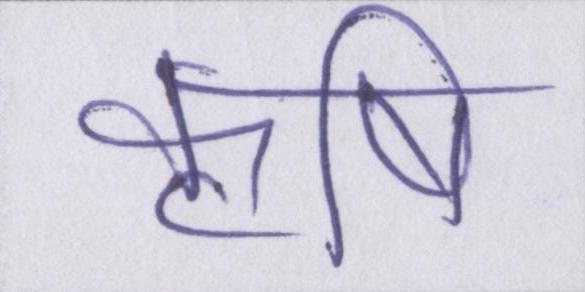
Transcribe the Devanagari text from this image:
कॄषि